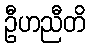
ဦဟညီတိ